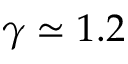
\gamma \simeq 1 . 2